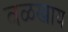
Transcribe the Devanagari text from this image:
वळखाय